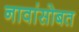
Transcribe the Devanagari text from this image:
नावांसोबत